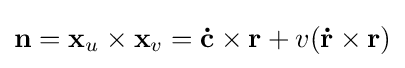
\mathbf {n} =\mathbf {x} _{u}\times \mathbf {x} _{v}=\mathbf {\dot {c}} \times \mathbf {r} +v(\mathbf {\dot {r}} \times \mathbf {r} )